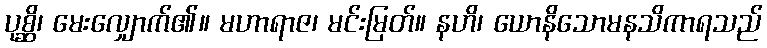
ပုစ္ဆိ၊ မေးလျှောက်၏။ မဟာရာဇ၊ မင်းမြတ်။ နဟိ၊ ယောနိသောမနသိကာရသည်